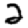
Digit: 2